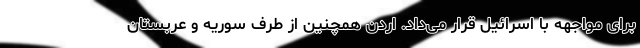
برای مواجهه با اسرائیل قرار می‌داد. اردن همچنین از طرف سوریه و عربستان